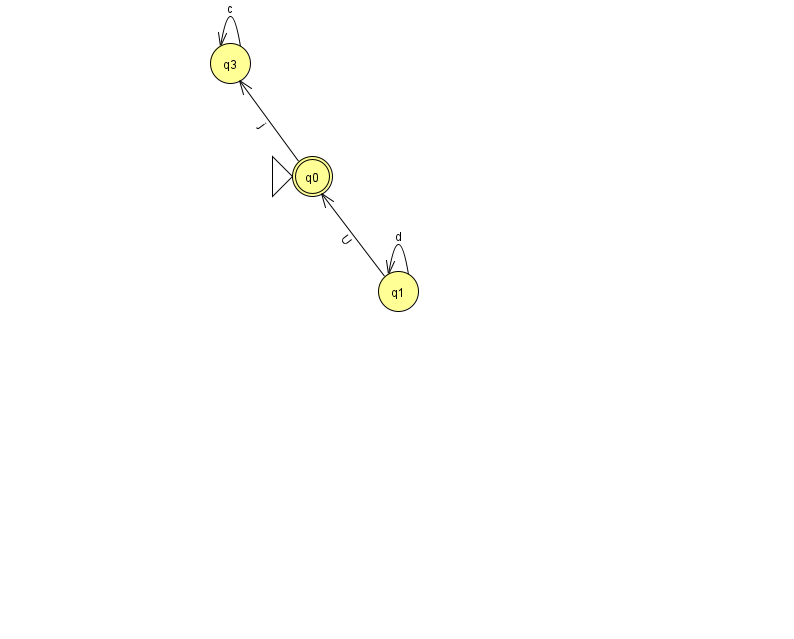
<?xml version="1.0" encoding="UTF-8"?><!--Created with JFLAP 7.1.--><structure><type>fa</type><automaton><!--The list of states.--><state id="0" name="q0"><x>312.0</x><y>163.0</y><initial/><final/></state><state id="1" name="q1"><x>398.0</x><y>278.0</y></state><state id="3" name="q3"><x>230.0</x><y>50.0</y></state><!--The list of transitions.--><transition><from>3</from><to>3</to><read>c</read></transition><transition><from>1</from><to>1</to><read>d</read></transition><transition><from>0</from><to>3</to><read>j</read></transition><transition><from>1</from><to>0</to><read>U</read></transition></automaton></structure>